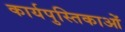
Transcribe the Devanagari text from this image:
कार्यपुस्तिकाओं